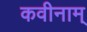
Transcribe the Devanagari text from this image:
कवीनाम्